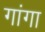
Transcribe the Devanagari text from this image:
गांगा